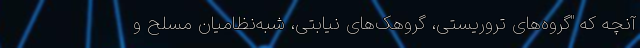
آنچه که "گروه‌های تروریستی، گروهک‌های نیابتی، شبه‌نظامیان مسلح و